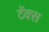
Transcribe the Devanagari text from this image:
टेंक्स